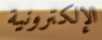
الإلكترونية